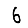
Digit: 6